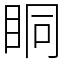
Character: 眮